Indian journal of veterinary science and animal husbandry - Volume 7,
Year: 1937
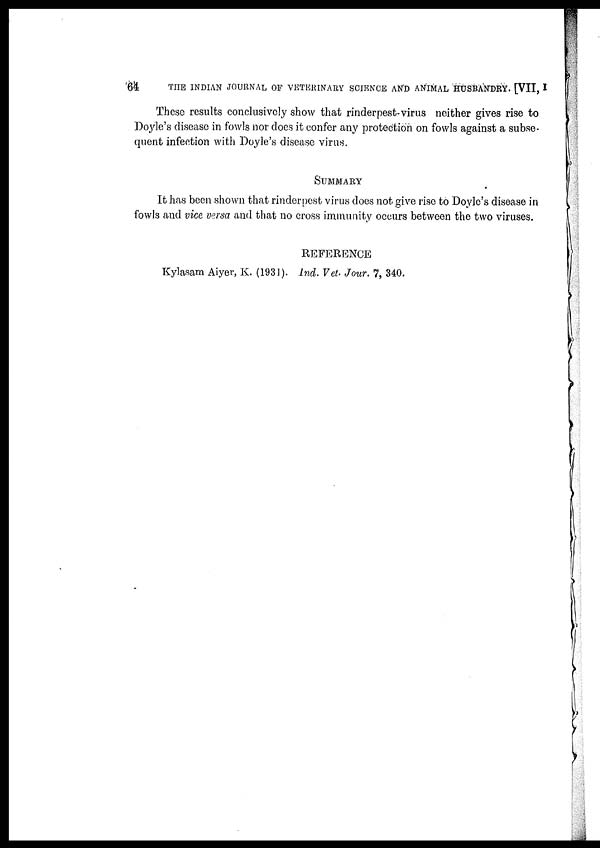
64
THE INDIAN JOURNAL OF VETERINARY SCIENCE AND ANIMAL HUSBANDRY. [VII, I
These results conclusively show that rinderpest-virus neither gives rise to
Doyle's disease in fowls nor does it confer any protection on fowls against a subse-
quent infection with Doyle's disease virus.
SUMMARY
It has been shown that rinderpest virus does not give rise to Doyle's disease in
fowls and vice versa and that no cross immunity occurs between the two viruses.
REFERENCE
Kylasam Aiyer, K. (1931). Ind. Vet. Jour. 7, 340.